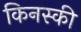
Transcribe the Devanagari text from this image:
किनस्की